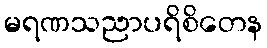
မရဏသညာပရိစိတေန